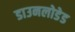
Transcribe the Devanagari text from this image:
डाउनलोडेड